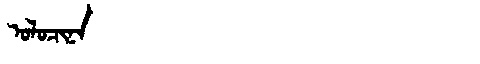
Manchu: ᠣᠯᠣᠴᡳᠨᠠ
Romanization: OLOCINA